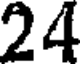
24